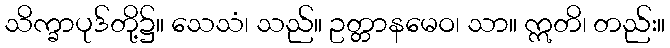
သိက္ခာပုဒ်တို့၌။ သေသံ၊ သည်။ ဥတ္တာနမေဝ၊ သာ။ ဣတိ၊ တည်း။